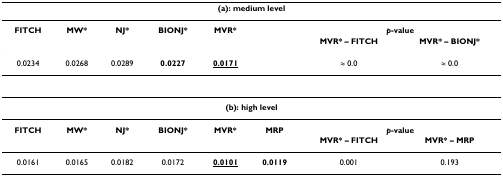
<table><thead><tr><td colspan="8"><b>(a): medium level</b></td></tr></thead><tbody><tr><td><b>FITCH</b></td><td><b>MW*</b></td><td><b>NJ*</b></td><td><b>BIONJ*</b></td><td><b>MVR*</b></td><td></td><td colspan="2"><b><i>p</i>-value</b></td></tr><tr><td></td><td></td><td></td><td></td><td></td><td></td><td><b>MVR* – FITCH</b></td><td><b>MVR* – BIONJ*</b></td></tr><tr><td>0.0234</td><td>0.0268</td><td>0.0289</td><td><b>0.0227</b></td><td><b><underline>0.0171</underline></b></td><td></td><td>≈ 0.0</td><td>≈ 0.0</td></tr><tr><td colspan="8"><b>(b): high level</b></td></tr><tr><td><b>FITCH</b></td><td><b>MW*</b></td><td><b>NJ*</b></td><td><b>BIONJ*</b></td><td><b>MVR*</b></td><td><b>MRP</b></td><td colspan="2"><b><i>p</i>-value</b></td></tr><tr><td></td><td></td><td></td><td></td><td></td><td></td><td><b>MVR* – FITCH</b></td><td><b>MVR* – MRP</b></td></tr><tr><td>0.0161</td><td>0.0165</td><td>0.0182</td><td>0.0172</td><td><b><underline>0.0101</underline></b></td><td><b>0.0119</b></td><td>0.001</td><td>0.193</td></tr></tbody></table>